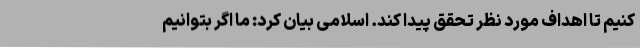
کنیم تا اهداف مورد نظر تحقق پیدا کند. اسلامی بیان کرد: ما اگر بتوانیم